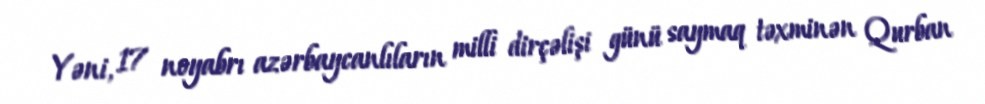
Yəni, 17 noyabrı azərbaycanlıların milli dirçəlişi günü saymaq təxminən Qurban